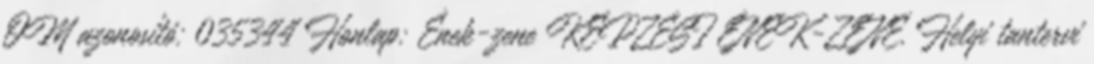
OM azonosító: 035344 Honlap: Ének-zene KÉPZÉSI ÉNEK-ZENE. Helyi tantervi